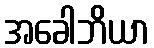
အခေါဘိယာ